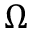
\Omega